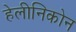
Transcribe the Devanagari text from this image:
हेलीनिकोन